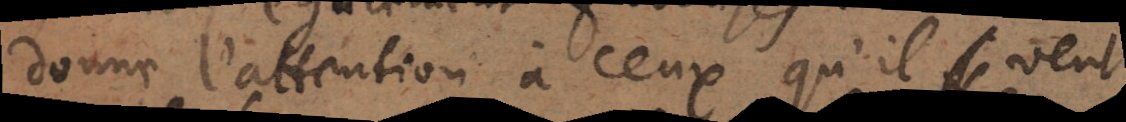
donne l’attention à ceux qu’il veut